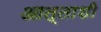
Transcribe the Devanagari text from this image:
आत्ताशी